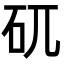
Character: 矹